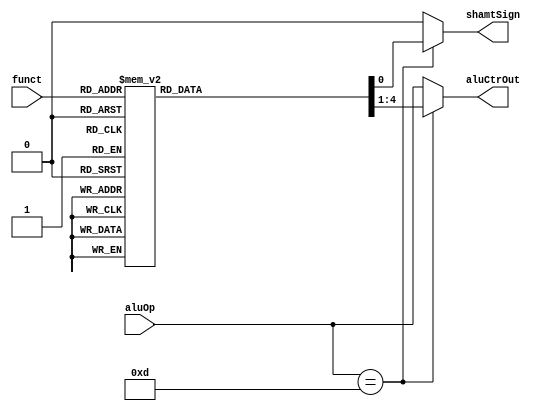
`timescale 1ns / 1ps
//////////////////////////////////////////////////////////////////////////////////
// Company: 
// Engineer: 
// 
// Design Name: 
// Module Name: ALUCtr
// Project Name: 
// Target Devices: 
// Tool Versions: 
// Description: 
// 
// Dependencies: 
// 
// Revision:
// Revision 0.01 - File Created
// Additional Comments:
// 
//////////////////////////////////////////////////////////////////////////////////


module ALUCtr(
    input [3 : 0] aluOp,
    input [5 : 0] funct,
    output reg [3 : 0] aluCtrOut,
    output reg shamtSign
    );
    
    always @ (aluOp or funct)
    begin
        shamtSign = 0;
        if (aluOp == 4'b1101) // R-format
        begin
            case (funct)
                6'b100000:      // add
                    aluCtrOut = 4'b0000;
                6'b100001:      // addu
                    aluCtrOut = 4'b0001;
                6'b100010:      // sub
                    aluCtrOut = 4'b0010;
                6'b100011:      // subu
                    aluCtrOut = 4'b0011;
                6'b100100:      // and
                    aluCtrOut = 4'b0100;
                6'b100101:      // or
                    aluCtrOut = 4'b0101;
                6'b100110:      // xor
                    aluCtrOut = 4'b0110;
                6'b100111:      // nor
                    aluCtrOut = 4'b0111;
                6'b101010:      // slt
                    aluCtrOut = 4'b1000;
                6'b101011:      // sltu
                    aluCtrOut = 4'b1001;
                6'b000000:      // sll
                begin
                    aluCtrOut = 4'b1010;
                    shamtSign = 1;
                end
                6'b000010:      // srl
                begin
                    aluCtrOut = 4'b1011;
                    shamtSign = 1;
                end
                6'b000011:      // sra
                begin
                    aluCtrOut = 4'b1100;
                    shamtSign = 1;
                end
                6'b000100:      // sllv
                    aluCtrOut = 4'b1010;
                6'b000110:      // srlv
                    aluCtrOut = 4'b1011;
                6'b000111:      // srav
                    aluCtrOut = 4'b1100;
                6'b001000:      // jr
                    aluCtrOut = 4'b1110;
                default:
                    aluCtrOut = 4'b1110;
            endcase
        end
        else 
            aluCtrOut = aluOp;
    end        
endmodule